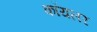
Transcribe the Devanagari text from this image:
कॉयलर